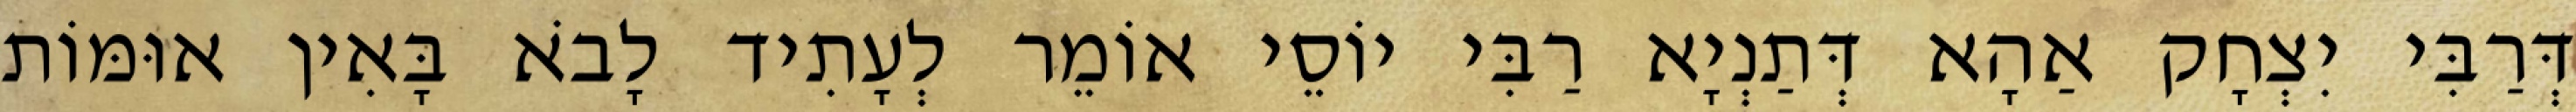
דְּרַבִּי יִצְחָק אַהָא דְּתַנְיָא רַבִּי יוֹסֵי אוֹמֵר לְעָתִיד לָבֹא בָּאִין אוּמּוֹת